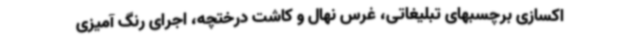
اکسازی برچسبهای تبلیغاتی، غرس نهال و کاشت درختچه، اجرای رنگ آمیزی